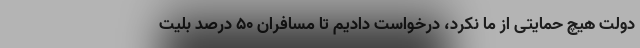
دولت هیچ حمایتی از ما نکرد، درخواست دادیم تا مسافران ۵۰ درصد بلیت